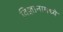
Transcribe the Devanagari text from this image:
विज्ञानामध्ये